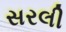
સરલી